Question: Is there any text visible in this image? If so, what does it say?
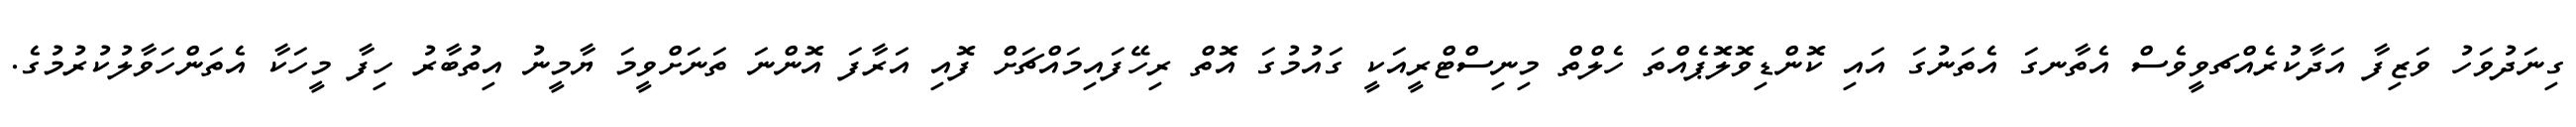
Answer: ގިނަދުވަހު ވަޒިފާ އަދާކުރެއްޗވީވެސް އެތާނގަ އެތަނުގަ އައި ކޮންޑިވޮލޮޕެއްތަ ހެލްތް މިނިސްޓްރީއަކީ ގައުމުގަ އޮތް ރިހޭފައިމައްޗަށް ފޮއި އަރާފަ އޮންނަ ތަނަށްވީމަ ޔާމީނު އިތުބާރު ހިފާ މީހަކާ އެތަންހަވާލުކުރުމުގެ.